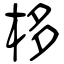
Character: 栘